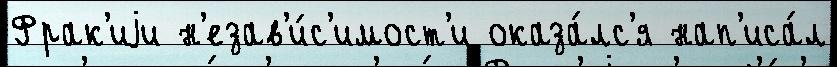
Фрак'иjи н'езав'и́с'имост'и оказа́лс'я нап'иса́л